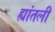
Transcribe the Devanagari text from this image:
ह्यांतली